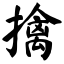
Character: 擒